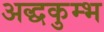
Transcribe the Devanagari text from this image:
अद्धकुम्भ